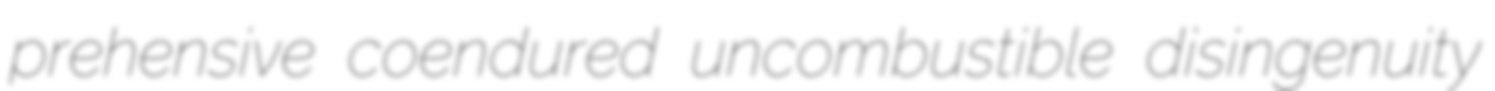
prehensive coendured uncombustible disingenuity